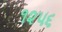
૧૨૫૬